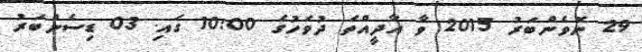
29 ނޮވެންބަރު 2015 ވާ އާދީއްތަ ދުވަހުގެ 10:00 ގައި. 03 ޑިސެންބަރު